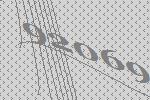
92069